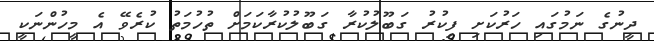
ދީނުގެ ނަމުގައި ހަރުކަށި ފިކުރު ގަބޫލުކުރާ ގަބޫލުކުރާކަމަށް ތުހުމަތު ކުރެވޭ އެ މީހުންނަކީ